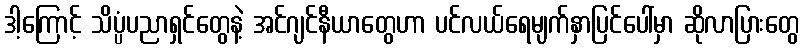
ဒါ့ကြောင့် သိပ္ပံပညာရှင်တွေနဲ့ အင်ဂျင်နီယာတွေဟာ ပင်လယ်ရေမျက်နှာပြင်ပေါ်မှာ ဆိုလာပြားတွေ